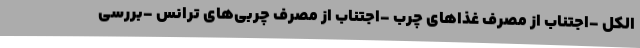
الکل -اجتناب از مصرف غذاهای چرب -اجتناب از مصرف چربی‌های ترانس -بررسی